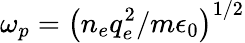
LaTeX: \omega_{p}=\left(n_{e}q_{e}^{2}/m\epsilon_{0}\right)^{1/2}